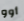
أوو